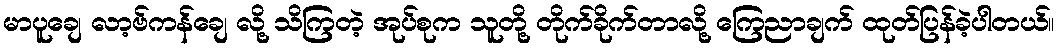
မာပူချေ လာ့ဗ်ကန်ချေ လို့ သိကြတဲ့ အုပ်စုက သူတို့ တိုက်ခိုက်တာလို့ ကြေညာချက် ထုတ်ပြန်ခဲ့ပါတယ်။